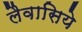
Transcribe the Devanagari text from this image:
लैवासिये